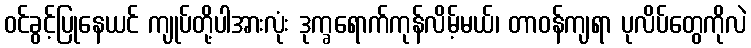
ဝင်ခွင့်ပြုနေယင် ကျုပ်တို့ပါအားလုံး ဒုက္ခရောက်ကုန်လိမ့်မယ်၊ တာဝန်ကျရာ ပုလိပ်တွေကိုလဲ